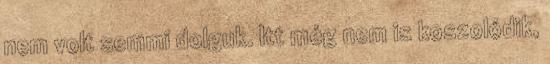
nem volt semmi dolguk. Itt még nem is koszolódik,